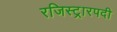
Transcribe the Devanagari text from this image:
रजिस्ट्रारपदी